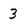
Character: 3